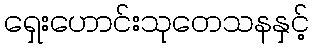
ရှေးဟောင်းသုတေသနနှင့်